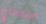
الاندماج